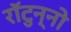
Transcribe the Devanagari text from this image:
राॅटुन्नो